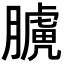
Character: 𦡑